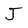
Character: J